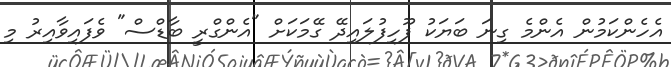
އެހެންކަމުން އެންމެ ގިނަ ބަޔަކު ފޫހިފުލައިދޭ ގޭމަކަށް "އެންގްރީ ބާޑްސް" ވެފައިވާއިރު މި